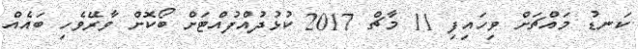
ކަނޑު މައްޗަށް ވިހައިފި 11 މާޗް 2017 ކުޅުދުއްފުއްޓަށް ބޯކޮށް ވާރޭވެހި ބައެއް